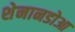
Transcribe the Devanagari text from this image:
शेनानडोआ